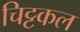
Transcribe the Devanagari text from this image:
चिट्टकल